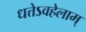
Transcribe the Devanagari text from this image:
धत्तेऽवहेलाम्